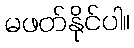
မဖတ်နိုင်ပါ။